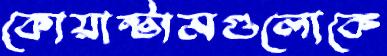
কোয়ান্টামগুলোকে